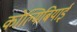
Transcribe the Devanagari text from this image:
कोल्मिबियाई